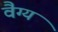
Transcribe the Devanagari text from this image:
वैग्य